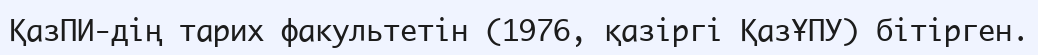
ҚазПИ-дің тарих факультетін (1976, қазіргі ҚазҰПУ) бітірген.